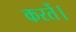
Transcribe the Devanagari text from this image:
करतें।